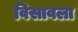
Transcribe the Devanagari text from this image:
विसावला